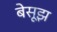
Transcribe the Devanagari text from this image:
बेसूझ